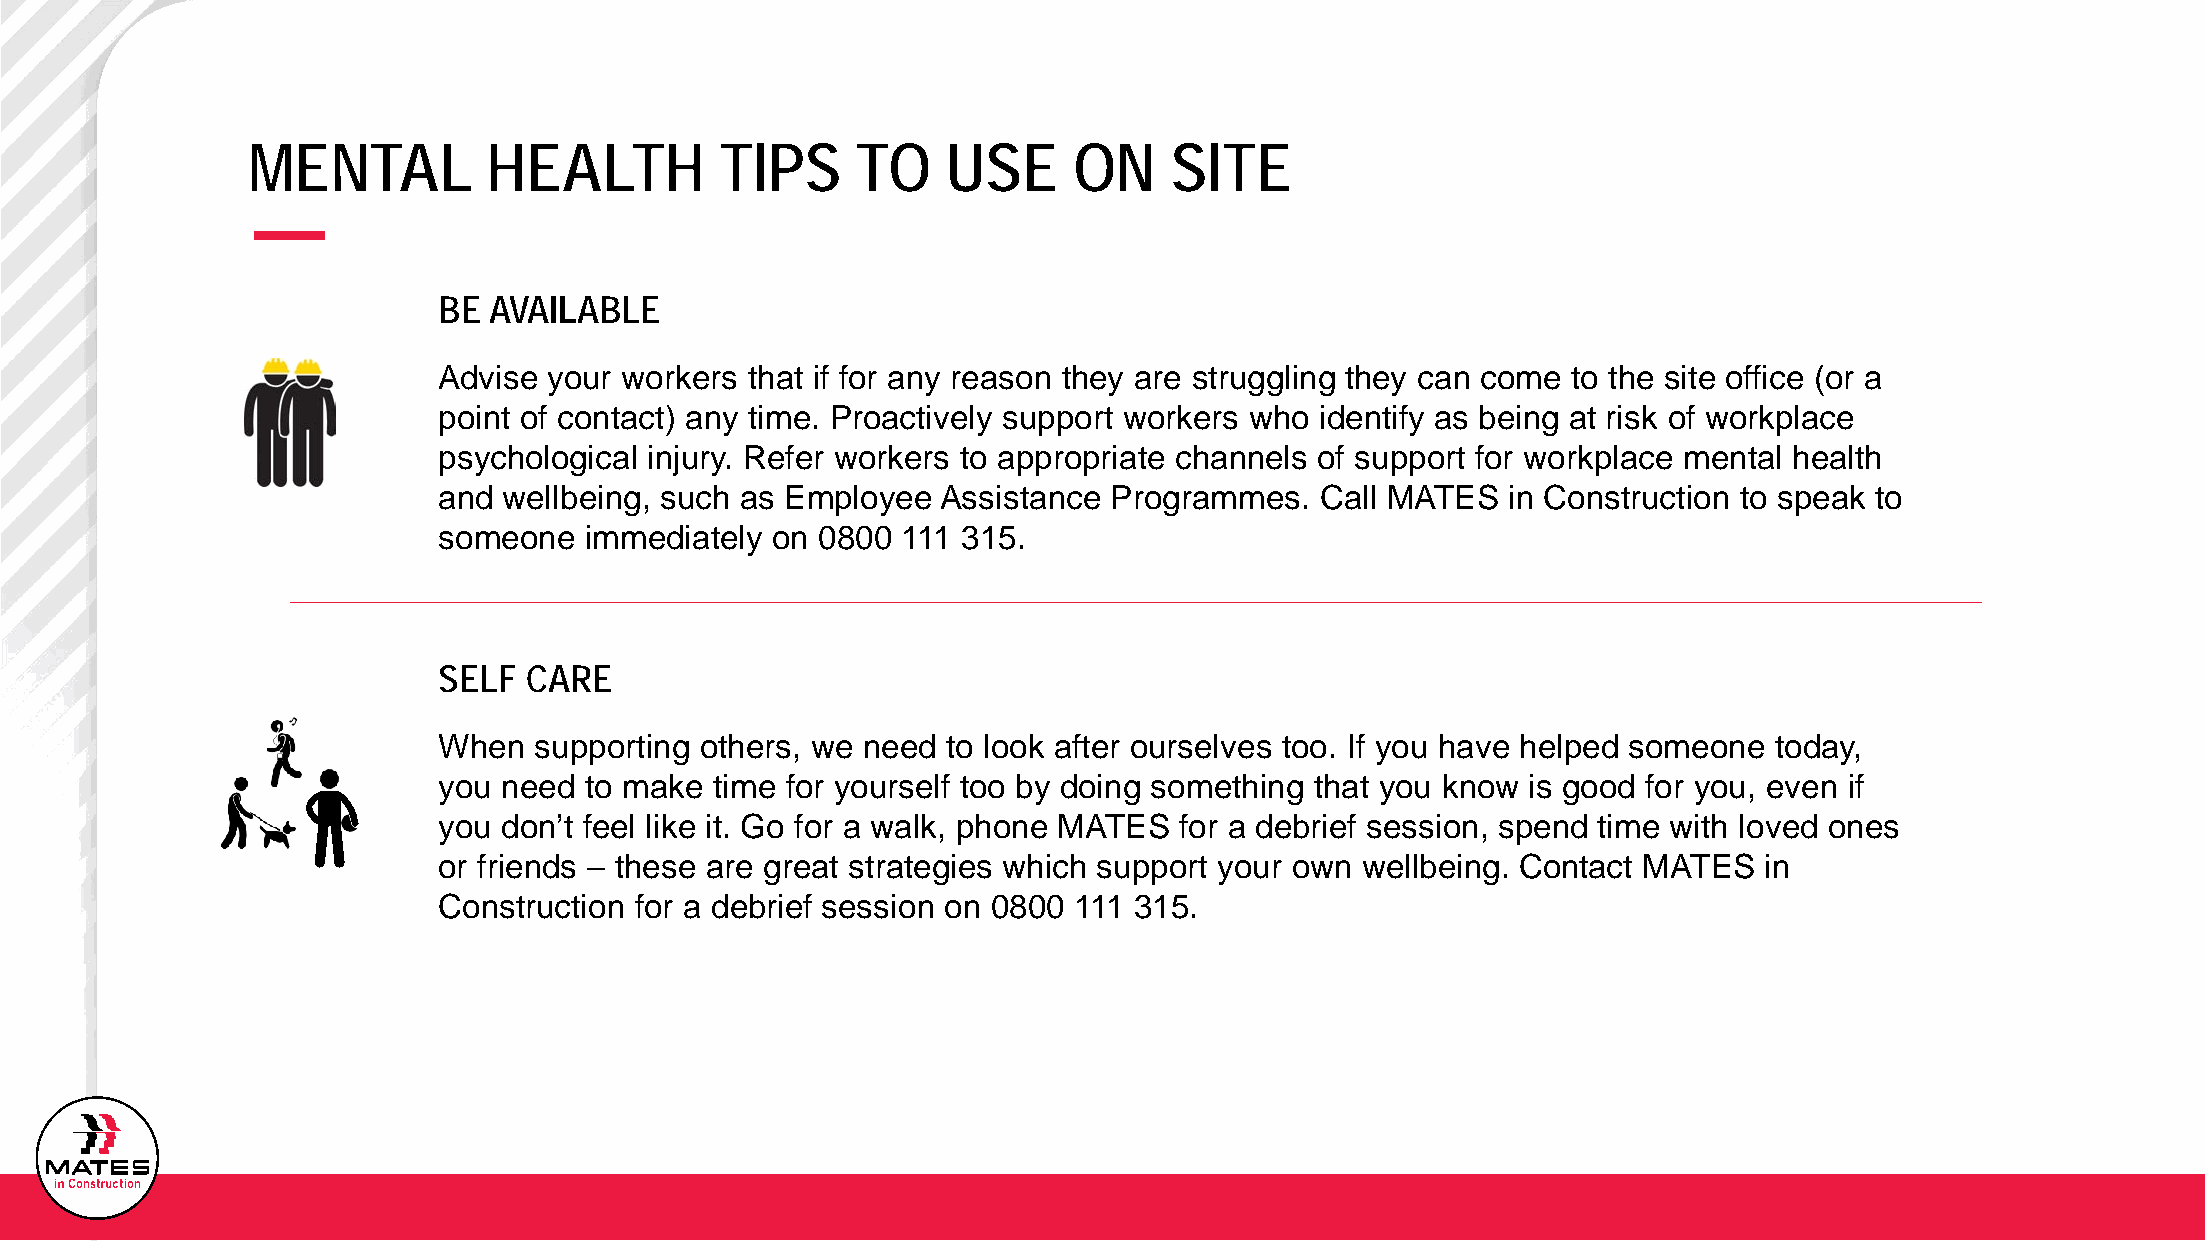
MENTAL          HEALTH          TIPS     TO    USE     ON     SITE
 BE AVAILABLE
 Advise your workers  that if for any reason they are struggling they can come to the site office (or a
 point of contact) any time. Proactively support workers who identify as being at risk of workplace
 psychological injury. Refer workers to appropriate channels of support for workplace mental health
 and wellbeing, such as Employee  Assistance  Programmes.  Call MATES   in Construction to speak to
 someone   immediately on 0800  111 315.
 SELF  CARE
 When  supporting others, we need  to look after ourselves too. If you have helped someone today,
 you need  to make time for yourself too by doing something that you know is good for you, even if
 you don’t feel like it. Go for a walk, phone MATES for a debrief session, spend time with loved ones
 or friends – these are great strategies which support your own wellbeing. Contact MATES in
 Construction for a debrief session on 0800 111 315.